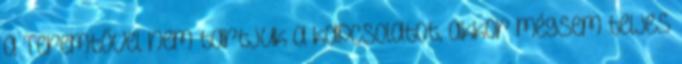
a Teremtővel nem tartjuk a kapcsolatot, akkor mégsem teljes